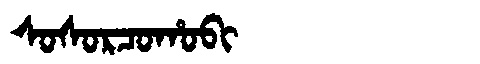
Manchu: ᠰᠣᠰᠣᡵᠴᠣᡥᠣᠪᡳ
Romanization: SOSORCOHOBI